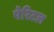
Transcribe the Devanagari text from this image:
पेरिटल